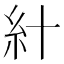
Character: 𥾅